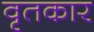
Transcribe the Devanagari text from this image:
वृतकार